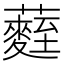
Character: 𮒻